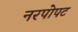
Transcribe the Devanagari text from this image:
नरपोपट